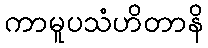
ကာမူပသံဟိတာနိ